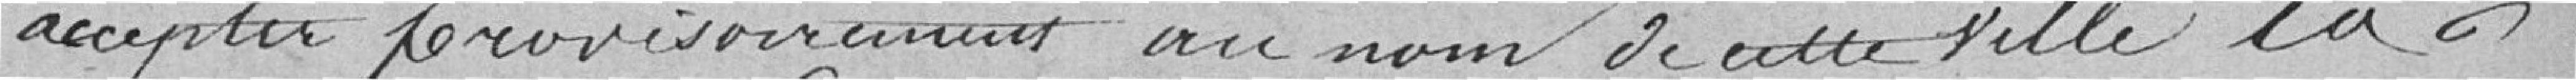
accepter provisoirement au nom de cette ville la